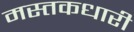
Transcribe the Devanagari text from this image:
मस्तकधारी